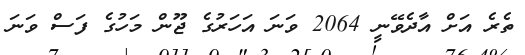
ތެރެ އަށް އާދެވޭނީ 2064 ވަނަ އަހަރުގެ ޖޫން މަހުގެ ފަސް ވަނަ